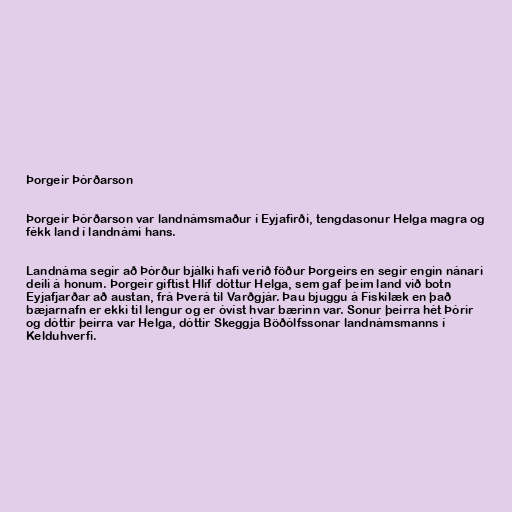
Þorgeir Þórðarson

Þorgeir Þórðarson var landnámsmaður í Eyjafirði, tengdasonur Helga magra og
fékk land í landnámi hans.

Landnáma segir að Þórður bjálki hafi verið föður Þorgeirs en segir engin nánari
deili á honum. Þorgeir giftist Hlíf dóttur Helga, sem gaf þeim land við botn
Eyjafjarðar að austan, frá Þverá til Varðgjár. Þau bjuggu á Fiskilæk en það
bæjarnafn er ekki til lengur og er óvíst hvar bærinn var. Sonur þeirra hét Þórir
og dóttir þeirra var Helga, dóttir Skeggja Böðólfssonar landnámsmanns í
Kelduhverfi.